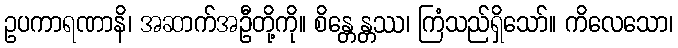
ဥပကာရဏာနိ၊ အဆာက်အဦတို့ကို။ စိန္တေန္တဿ၊ ကြံသည်ရှိသော်။ ကိလေသော၊